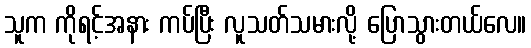
သူက ကိုရင့်အနား ကပ်ပြီး လူသတ်သမားလို့ ပြောသွားတယ်လေ။